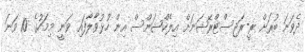
ދެވަނަ ބުރަށް ރީ-ރަޖިސްޓްރޭޝަނަށް އިލެކްޝަންސް އިން ހުޅުވާލާފައި ވަނީ މިމަހުގެ 10 ވަނަ